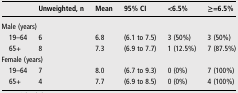
<table><thead><tr><td></td><td><b>Unweighted, n</b></td><td><b>Mean</b></td><td><b>95% CI</b></td><td><b>&lt;6.5%</b></td><td><b>≥=6.5%</b></td></tr></thead><tbody><tr><td colspan="6">Male (years)</td></tr><tr><td> 19–64</td><td>6</td><td>6.8</td><td>(6.1 to 7.5)</td><td>3 (50%)</td><td>3 (50%)</td></tr><tr><td> 65+</td><td>8</td><td>7.3</td><td>(6.9 to 7.7)</td><td>1 (12.5%)</td><td>7 (87.5%)</td></tr><tr><td colspan="6">Female (years)</td></tr><tr><td> 19–64</td><td>7</td><td>8.0</td><td>(6.7 to 9.3)</td><td>0 (0%)</td><td>7 (100%)</td></tr><tr><td> 65+</td><td>4</td><td>7.7</td><td>(6.9 to 8.5)</td><td>0 (0%)</td><td>4 (100%)</td></tr></tbody></table>